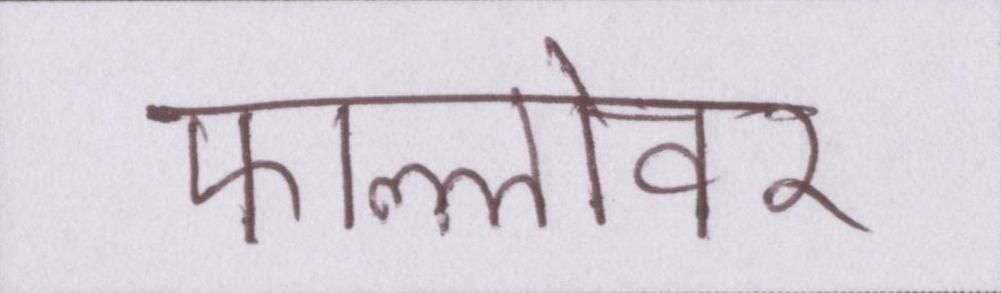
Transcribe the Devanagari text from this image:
फोल्लोवर